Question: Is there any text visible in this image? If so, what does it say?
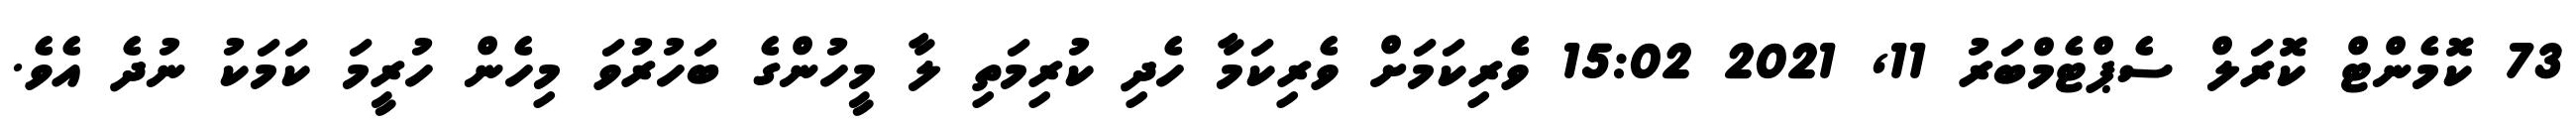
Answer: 73 ކޮމެންޓް ކޮރަލް ސެޕްޓެމްބަރު 11, 2021 15:02 ވެރިކަމަށް ވެރިކަމާ ހެދި ކުރިމަތި ލާ މީހުންގެ ބަހުރުވަ މިހެން ހުރީމަ ކަމަކު ނުދެ އެވެ.